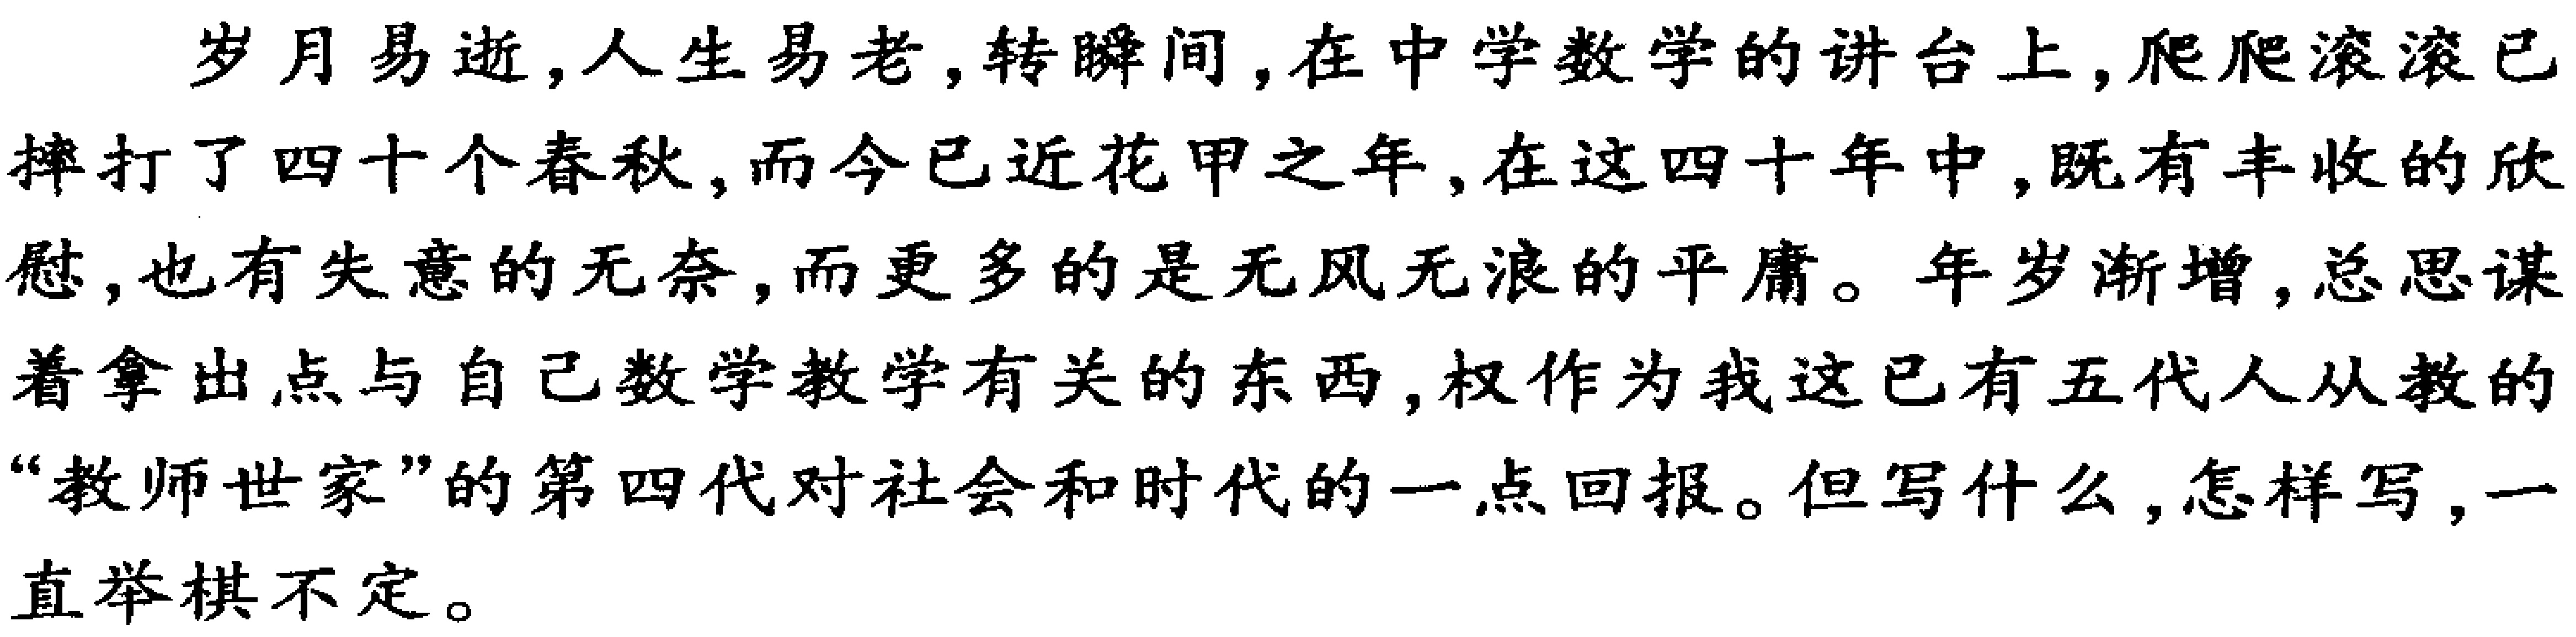
岁月易逝,人生易老,转瞬间,在中学数学的讲台上,爬爬滚滚已摔打了四十个春秋,而今已近花甲之年,在这四十年中,既有丰收的欣慰,也有失意的无奈,而更多的是无风无浪的平庸。年岁渐增,总思谋着拿出点与自己数学教学有关的东西,权作为我这已有五代人从教的“教师世家”的第四代对社会和时代的一点回报。但写什么,怎样写,一直举棋不定。